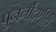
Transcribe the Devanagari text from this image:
पुनर्नोंदणीही